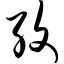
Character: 纹